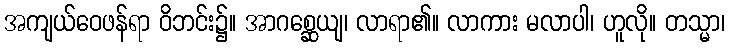
အကျယ်ဝေဖန်ရာ ဝိဘင်း၌။ အာဂစ္ဆေယျ၊ လာရာ၏။ လာကား မလာပါ၊ ဟူလို။ တသ္မာ၊